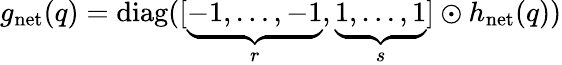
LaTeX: \begin{array}{r}{g_{\mathrm{net}}(q)=\mathrm{diag}([\underbrace{-1,\ldots,-1}_{r},\underbrace{1,\ldots,1}_{s}]\odot h_{\mathrm{net}}(q))}\end{array}